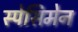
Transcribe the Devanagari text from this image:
स्पेसिमेन